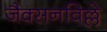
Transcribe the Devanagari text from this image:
जैक्सनविल्ले